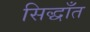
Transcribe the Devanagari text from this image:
सिद्धाँत